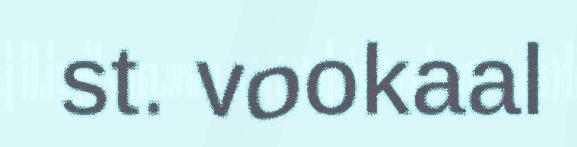
st. vookaal